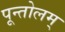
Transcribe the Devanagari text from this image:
पून्तोलम्